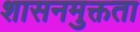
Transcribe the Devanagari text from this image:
शासनमुक्तता